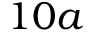
1 0 a